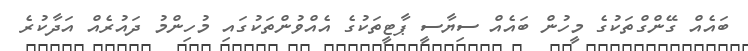
ބައެއް ގޭންގްތަކުގެ މީހުން ބައެއް ސިޔާސީ ޕާޓީތަކުގެ އެއްވުންތަކުގައި މުހިންމު ދައުރެއް އަދާކުރެ